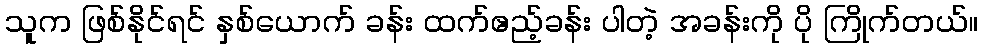
သူက ဖြစ်နိုင်ရင် နှစ်ယောက် ခန်း ထက်ဧည့်ခန်း ပါတဲ့ အခန်းကို ပို ကြိုက်တယ်။